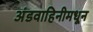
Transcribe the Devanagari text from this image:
अंडवाहिनीमधून